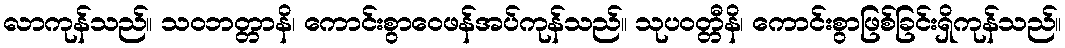
လာကုန်သည်။ သဝဘတ္တာနိ၊ ကောင်းစွာဝေဖန်အပ်ကုန်သည်။ သုပဝတ္တီနိ၊ ကောင်းစွာဖြစ်ခြင်းရှိကုန်သည်။